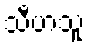
သီဟသူ